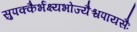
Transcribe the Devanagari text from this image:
सुपक्कैर्भक्ष्यभोज्यैश्चपायसैः